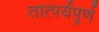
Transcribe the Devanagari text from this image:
तात्पर्यपूर्ण